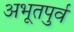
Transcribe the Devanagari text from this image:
अभूतपुर्व